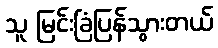
သူ မြင်းခြံပြန်သွားတယ်